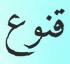
قنوع